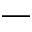
-